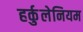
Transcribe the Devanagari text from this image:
हर्कुलेनियम